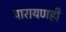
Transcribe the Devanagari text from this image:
पारायणही